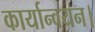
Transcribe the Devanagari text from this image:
कार्यान्‍वयन।